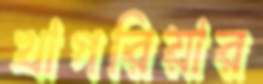
খাগরিয়ার